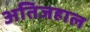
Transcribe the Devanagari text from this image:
अतिजहाल